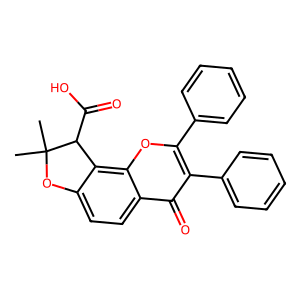
SMILES: CC1(C)Oc2ccc3c(=O)c(-c4ccccc4)c(-c4ccccc4)oc3c2C1C(=O)O
Inhibits HIV replication: No